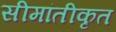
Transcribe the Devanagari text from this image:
सीमांतीकृत